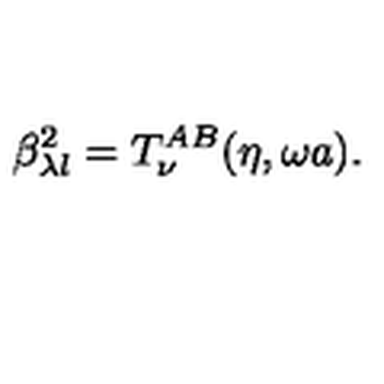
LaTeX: \beta _ { \lambda l } ^ { 2 } = T _ { \nu } ^ { A B } ( \eta , \omega a ) .